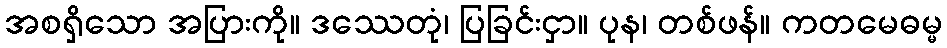
အစရှိသော အပြားကို။ ဒဿေတုံ၊ ပြခြင်းငှာ။ ပုန၊ တစ်ဖန်။ ကတမေဓမ္မ